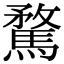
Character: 騖